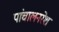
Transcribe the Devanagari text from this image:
पांचालनरेश